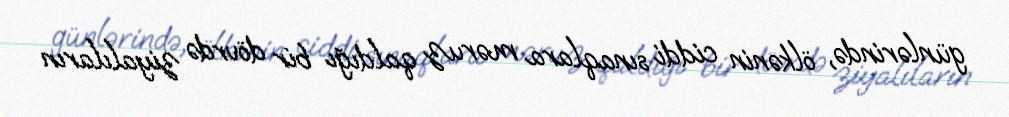
günlərində, ölkənin ciddi sınaqlara məruz qaldığı bir dövrdə ziyalıların